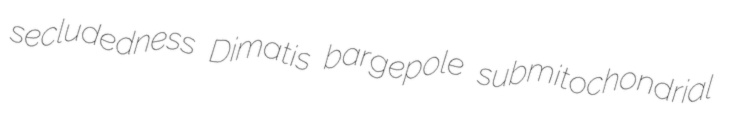
secludedness Dimatis bargepole submitochondrial